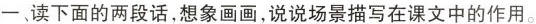
一、读下面的两段话，想象画画，说说场景描写在课文中的作用。